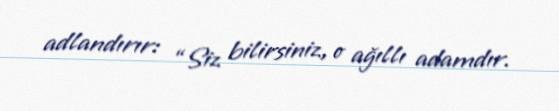
adlandırır: “Siz bilirsiniz, o ağıllı adamdır.